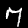
Label: 7